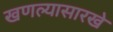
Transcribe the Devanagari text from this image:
खणल्यासारखे